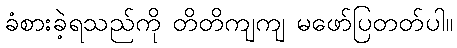
ခံစားခဲ့ရသည်ကို တိတိကျကျ မဖော်ပြတတ်ပါ။